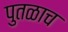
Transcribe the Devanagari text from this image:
पुतळाच